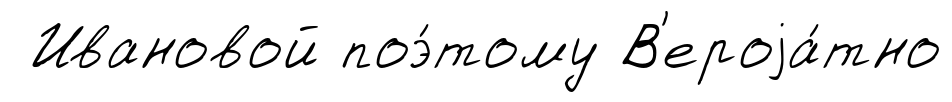
Ивановой поэ́тому В'ероjа́тно